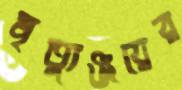
মৃত্যুঞ্জয়ের